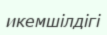
икемшілдігі